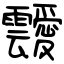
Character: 靉